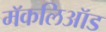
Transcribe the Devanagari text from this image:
मॅकलिऑड